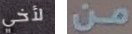
لأخي من